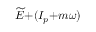
\widetilde { E } { + } ( I _ { p } { + } m \omega )